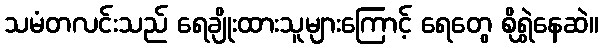
သမံတလင်းသည် ရေချိုးထားသူများကြောင့် ရေတွေ စိုရွှဲနေဆဲ။